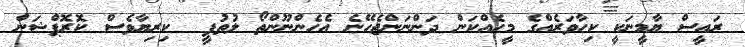
ރައީސް ޔާމީނަކީ ކިހާވަރެއްގެ މީހެއްކަން ދަންނަންޖެހޭނެ އެހެންނޫންތޯ ލުތުފީ  ކިރިޔާވެސް ކޮރޮޕްޝަން